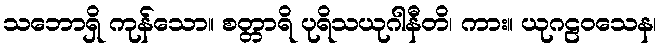
သဘောရှိ ကုန်သော။ စတ္တာရိ ပုရိသယုဂါနီတိ၊ ကား။ ယုဂဠဝသေန၊